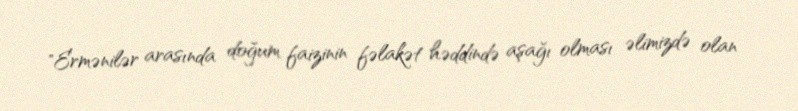
"Ermənilər arasında doğum faizinin fəlakət həddində aşağı olması əlimizdə olan